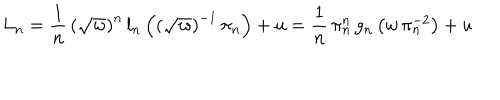
LaTeX: L _ { n } = \frac { 1 } { n } \, \left( \sqrt { w } \right) ^ { n } \, l _ { n } \left( \left( \sqrt { w } \right) ^ { - 1 } \, \pi _ { n } \right) + u = \frac { 1 } { n } \, \pi _ { n } ^ { n } \, g _ { n } \left( w \, \pi _ { n } ^ { - 2 } \right) + u